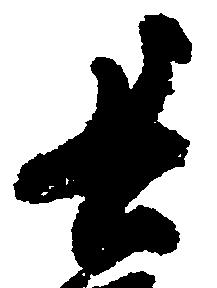
長